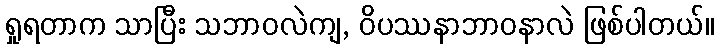
ရှုရတာက သာပြီး သဘာဝလဲကျ, ဝိပဿနာဘာဝနာလဲ ဖြစ်ပါတယ်။